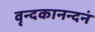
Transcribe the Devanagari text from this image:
वृन्दकानन्दनं